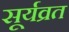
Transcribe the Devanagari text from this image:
सूर्यव्रत